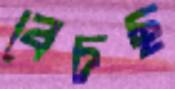
বেচছ